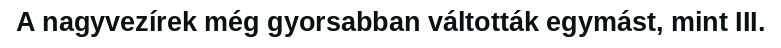
A nagyvezírek még gyorsabban váltották egymást, mint III.